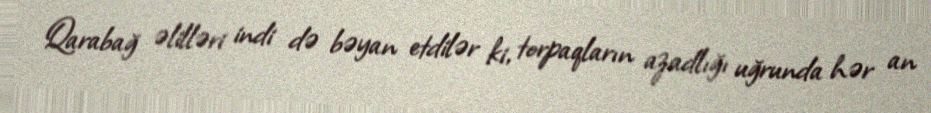
Qarabağ əlilləri indi də bəyan etdilər ki, torpaqların azadlığı uğrunda hər an